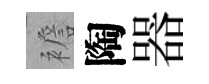
襜陶器